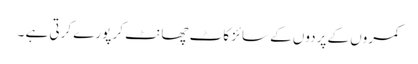
کمروں کے پردوں کے سائز کاٹ چھانٹ کر پورے کرتی ہے ۔